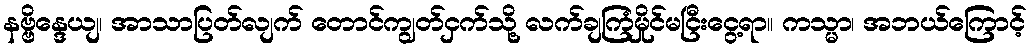
နဗ္ဗိန္ဒေယျ၊ အာသာပြတ်လျက် တောင်ကျွတ်ငှက်သို့ လက်ချကြံမှိုင်မငြီးငွေ့ရာ။ ကသ္မာ၊ အဘယ်ကြောင့်